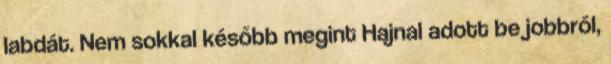
labdát. Nem sokkal később megint Hajnal adott be jobbról,